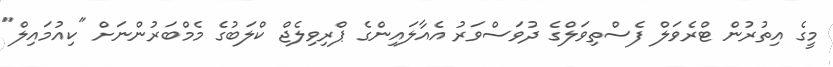
މީގެ އިތުރުން ޓްރެވަލް ފެސްތިވަލްގެ ދުވަސްވަރު އެއާލައިންގެ ޕްރިވިލެޖް ކްލަބުގެ މެމްބަރުންނަށް "ކިއުމައިލް"